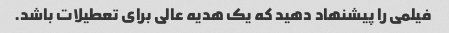
فیلمی را پیشنهاد دهید که یک هدیه عالی برای تعطیلات باشد.